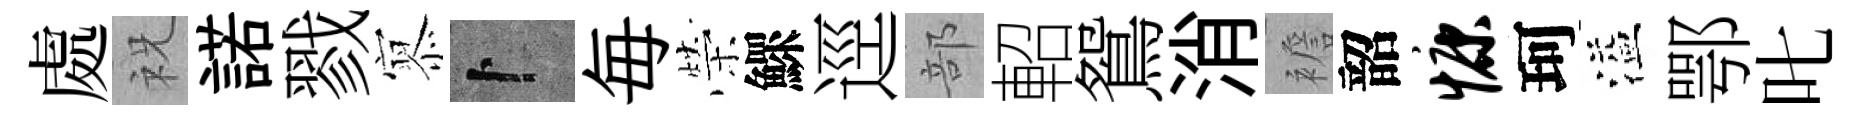
處祝諾戮𡪹卜毎榮鰥逕部軺鴛消襜韶慷珂溢鄂叱